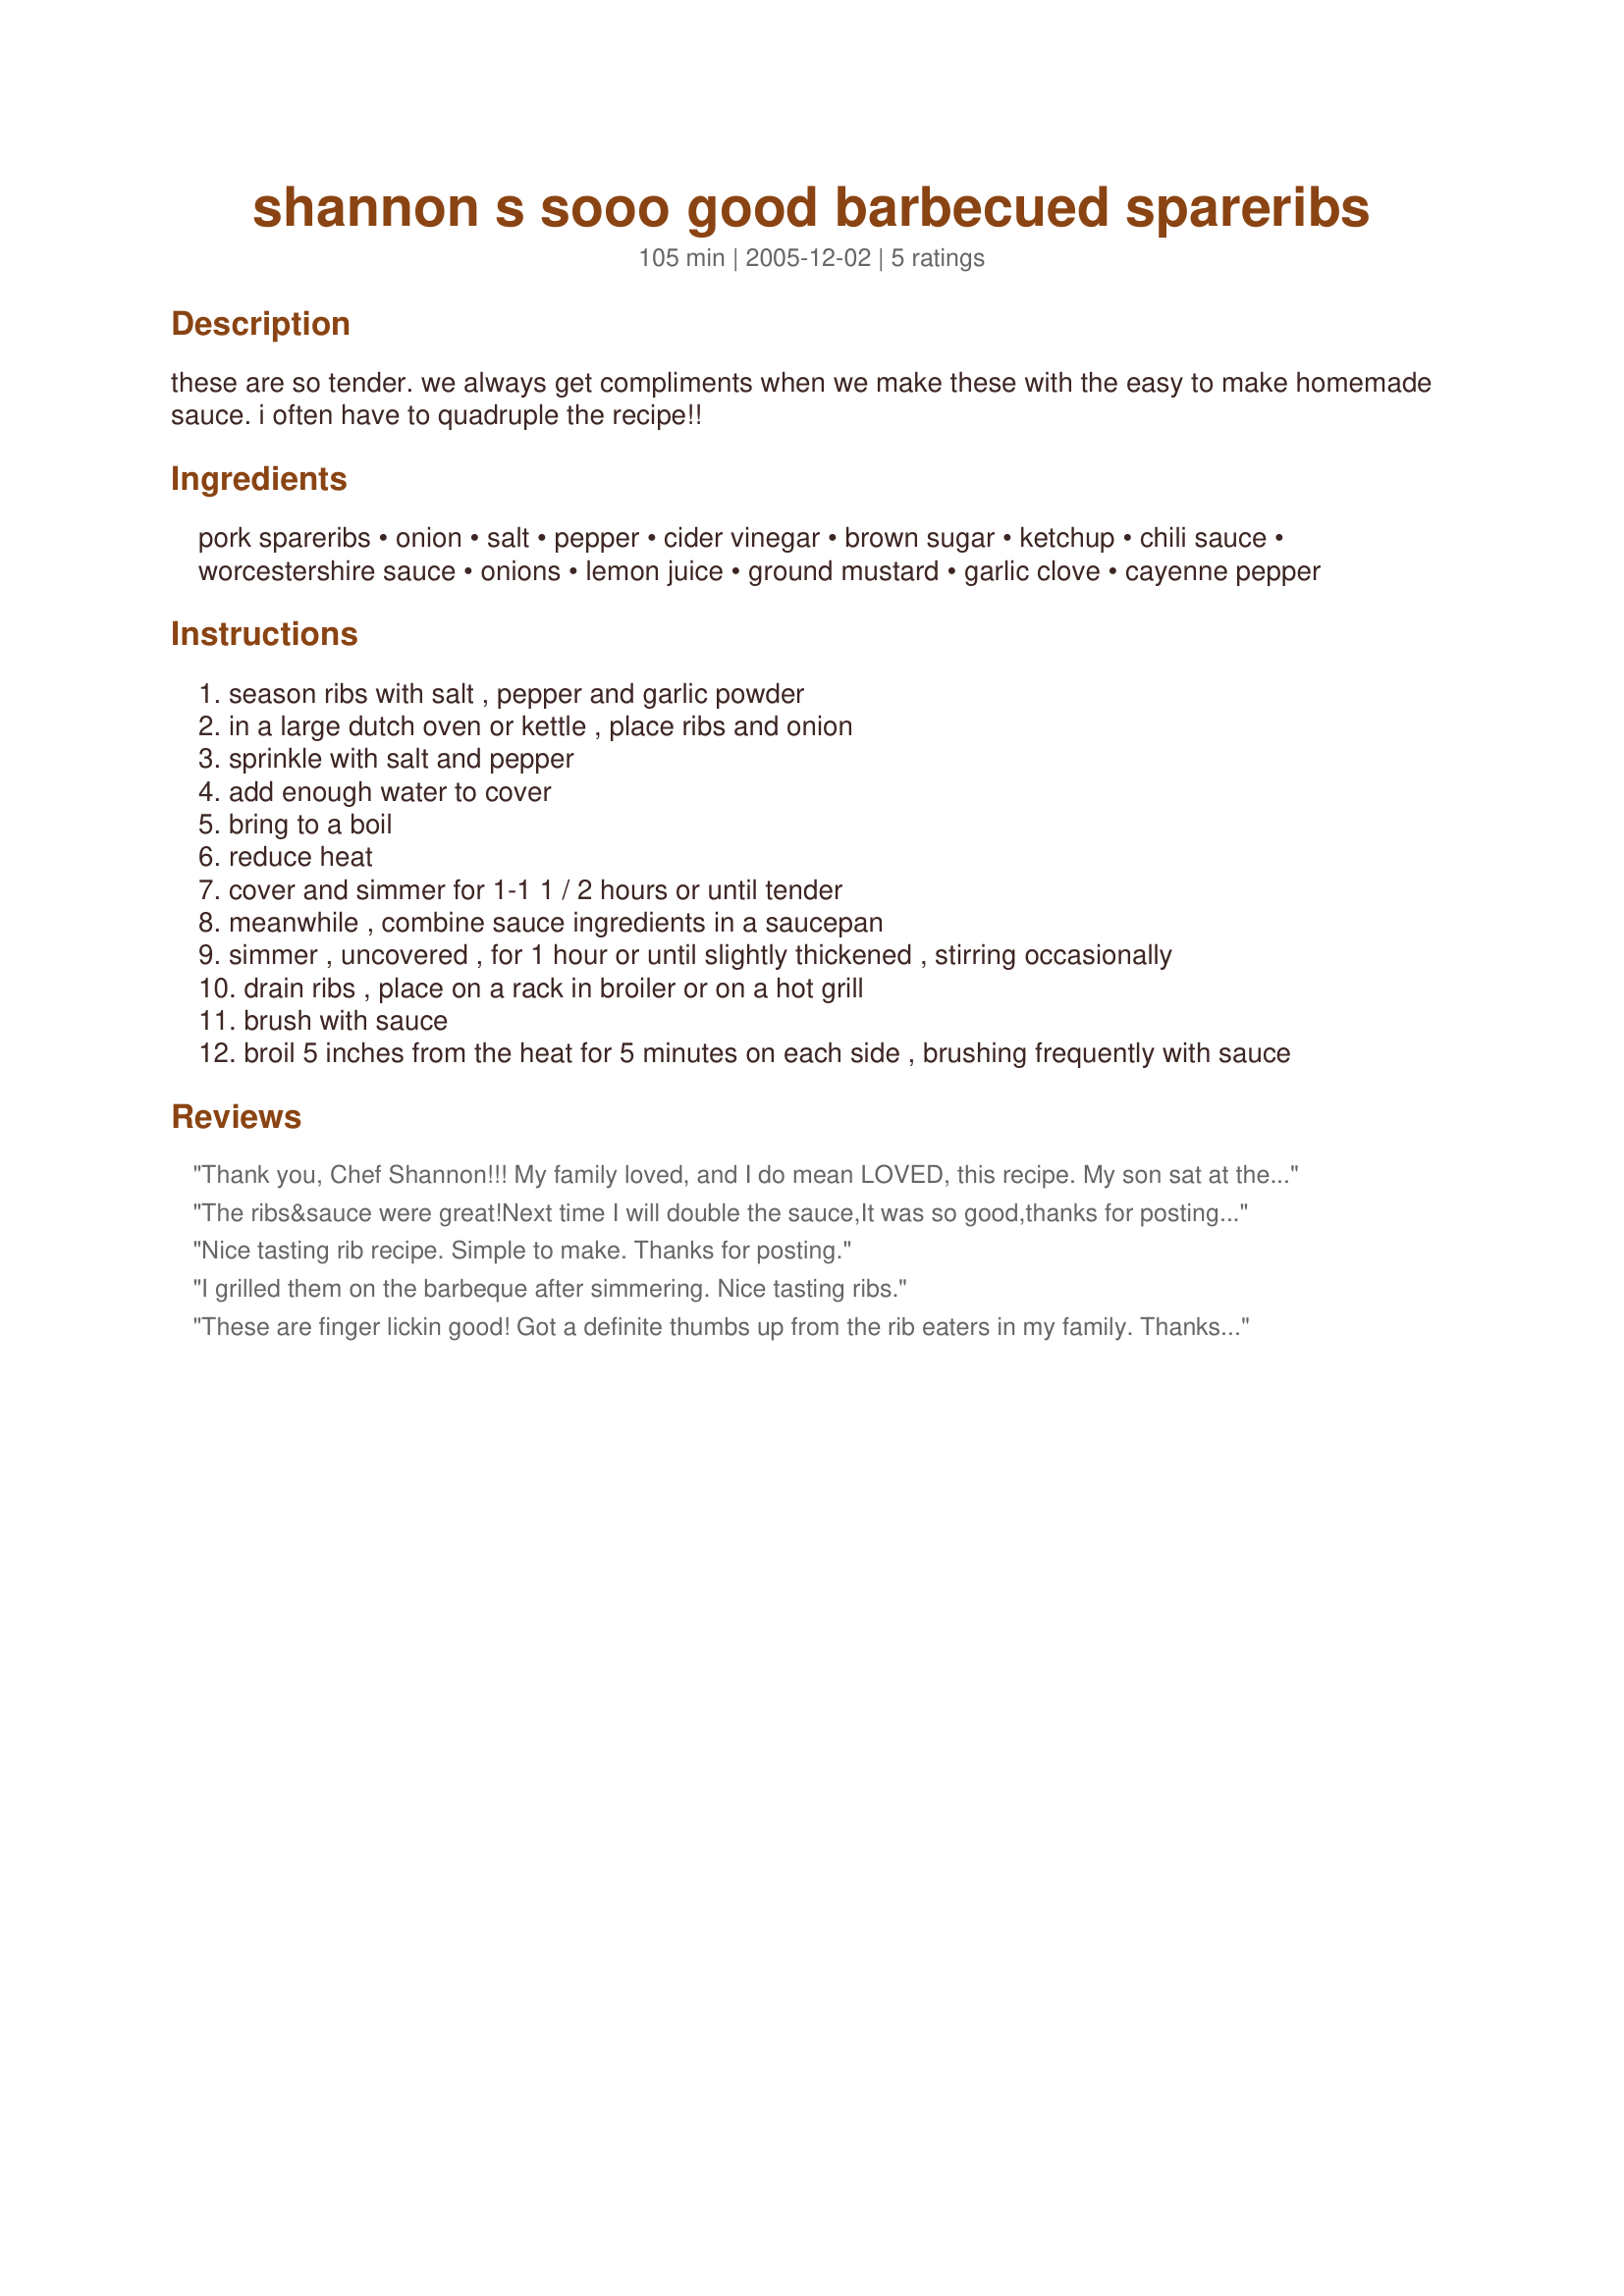
shannon s sooo good barbecued spareribs
Preparation time: 105 minutes

these are so tender. we always get compliments when we make these with the easy to make homemade sauce. i often have to quadruple the recipe!!

Ingredients:
pork spareribs, onion, salt, pepper, cider vinegar, brown sugar, ketchup, chili sauce, worcestershire sauce, onions, lemon juice, ground mustard, garlic clove, cayenne pepper

Steps:
season ribs with salt , pepper and garlic powder
in a large dutch oven or kettle , place ribs and onion
sprinkle with salt and pepper
add enough water to cover
bring to a boil
reduce heat
cover and simmer for 1-1 1 / 2 hours or until tender
meanwhile , combine sauce ingredients in a saucepan
simmer , uncovered , for 1 hour or until slightly thickened , stirring occasionally
drain ribs , place on a rack in broiler or on a hot grill
brush with sauce
broil 5 inches from the heat for 5 minutes on each side , brushing frequently with sauce

Reviews:
Thank you, Chef Shannon!!! My family loved, and I do mean LOVED, this recipe. My son sat at the table with a towel draped over him and cleaned each rib, almost to the point of shining. They were so tasty, and easy to make. I think the exact words my son said were "Can we have these ribs everynight?"

Thank you for an awesome, and easy recipe!!!!
The ribs&sauce were great!Next time I will double the sauce,It was so good,thanks for posting.Linda.
Nice tasting rib recipe. Simple to make. Thanks for posting.
I grilled them on the barbeque after simmering. Nice tasting ribs.
These are finger lickin good! Got a definite thumbs up from the rib eaters in my family. Thanks for posting!
